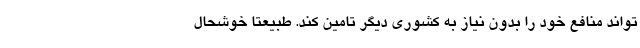
تواند منافع خود را بدون نیاز به کشوری دیگر تامین کند. طبیعتاً خوشحال